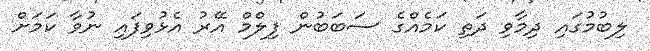
ލިބުމުގައި ދިމާވި ދަތި ކަމެއްގެ ސަބަބުން ފިލްމް އޭރު އެޅުވިފައި ނުވާ ކަމަށް